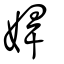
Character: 娨